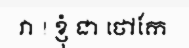
វា ! ខ្ញុំ ជា ថៅកែ